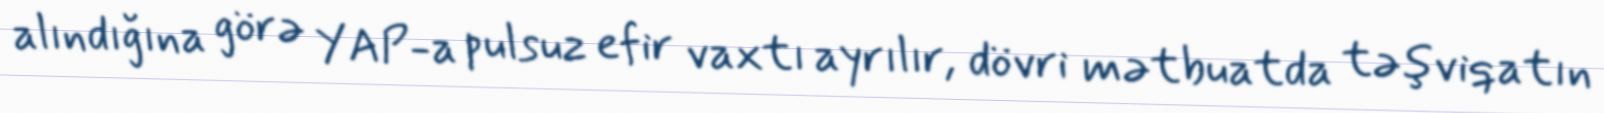
alındığına görə YAP-a pulsuz efir vaxtı ayrılır, dövri mətbuatda təşviqatın